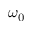
\omega _ { 0 }